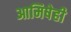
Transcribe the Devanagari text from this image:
आमिषेही